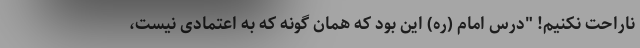
ناراحت نکنیم! "درس امام (ره) این بود که همان گونه که به اعتمادی نیست،